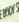
body